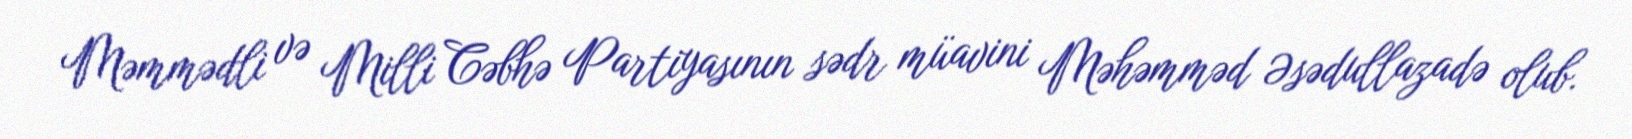
Məmmədli və Milli Cəbhə Partiyasının sədr müavini Məhəmməd Əsədullazadə olub.